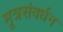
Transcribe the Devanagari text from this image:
मूत्रसंवर्धन